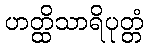
ဟတ္ထိသာရိပုတ္တံ